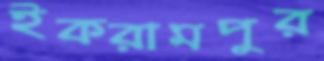
ইকরামপুর